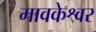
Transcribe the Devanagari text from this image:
मावकेश्वर